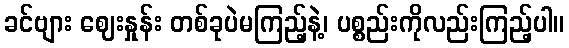
ခင်ဗျား ဈေးနှုန်း တစ်ခုပဲမကြည့်နဲ့၊ ပစ္စည်းကိုလည်းကြည့်ပါ။